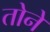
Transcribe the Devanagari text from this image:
तोने